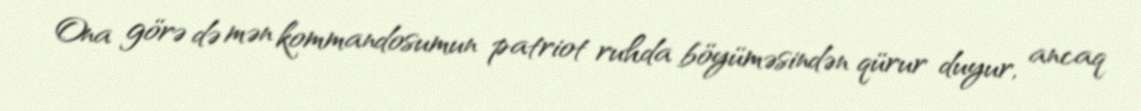
Ona görə də mən kommandosumun patriot ruhda böyüməsindən qürur duyur, ancaq